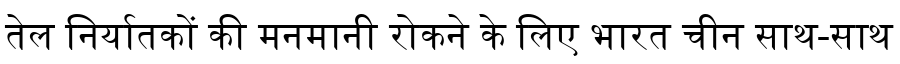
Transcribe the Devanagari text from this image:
तेल निर्यातकों की मनमानी रोकने के लिए भारत चीन साथ-साथ